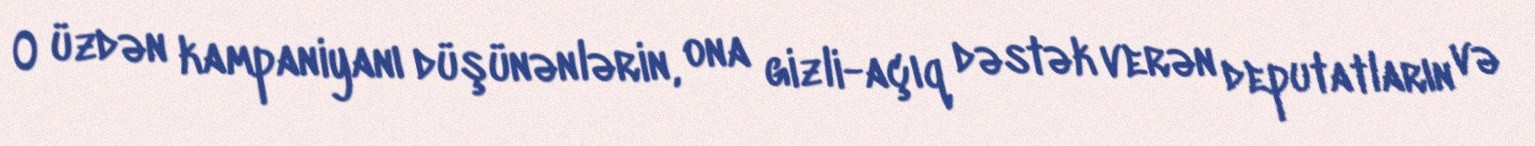
O üzdən kampaniyanı düşünənlərin, ona gizli-açıq dəstək verən deputatların və